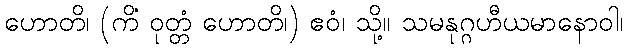
ဟောတိ၊ (ကိံ ဝုတ္တံ ဟောတိ၊) ဧဝံ၊ သို့။ သမနုဂ္ဂဟီယမာနောဝါ၊